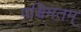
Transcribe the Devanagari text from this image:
पश्चिमतम्